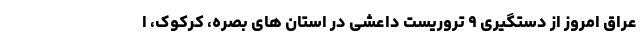
عراق امروز از دستگیری ۹ تروریست داعشی در استان های بصره، کرکوک، ا